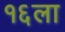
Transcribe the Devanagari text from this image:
१६ला